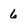
Character: 6